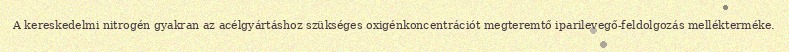
A kereskedelmi nitrogén gyakran az acélgyártáshoz szükséges oxigénkoncentrációt megteremtő iparilevegő-feldolgozás mellékterméke.